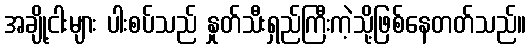
အချို့ငါးများ ပါးစပ်သည် နှုတ်သီးရှည်ကြီးကဲ့သို့ဖြစ်နေတတ်သည်။